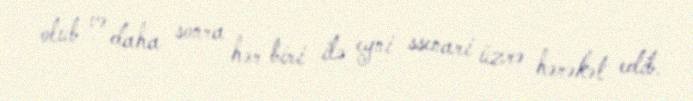
olub və daha sonra hər biri ilə eyni ssenari üzrə hərəkət edib.